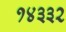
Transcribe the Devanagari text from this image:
१४३३२